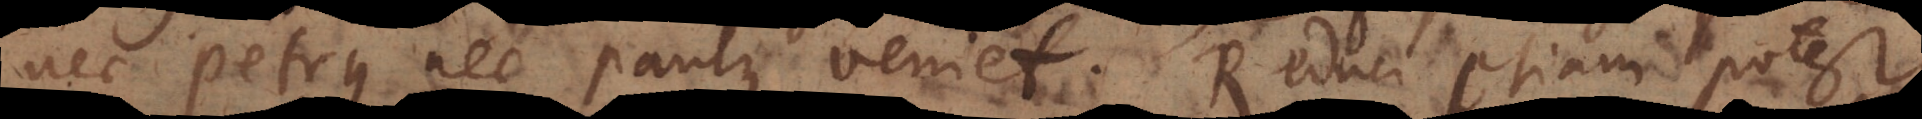
nec Petrus nec Paulus veniet. Reduci etiam potest